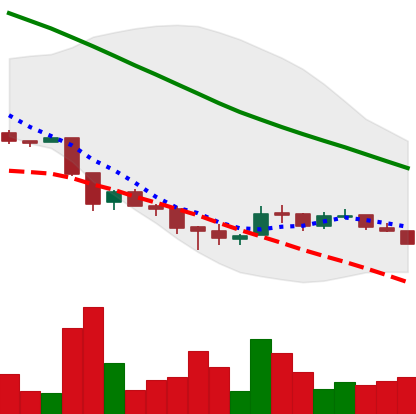
Ticker: ADA-USD
Chart end date: 2018-12-05
Forward return: -11.819%
Label: down_7plus